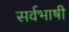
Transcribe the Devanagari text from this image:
सर्वभाषी